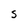
Character: S